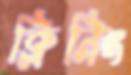
ক্লিনিং